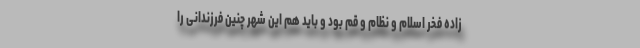
زاده فخر اسلام و نظام و قم بود و باید هم این شهر چنین فرزندانی را